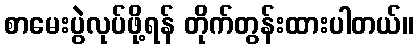
စာမေးပွဲလုပ်ဖို့ရန် တိုက်တွန်းထားပါတယ်။